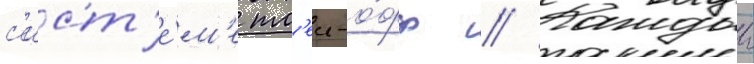
с'ист'е́м'е пл'еи-о́фф // Каждыи